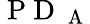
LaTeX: \mathrm{~P~D~}_{\mathrm{~A~}}